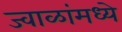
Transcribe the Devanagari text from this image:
ज्वाळांमध्ये